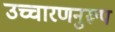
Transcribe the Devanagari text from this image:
उच्चारणनुरूप